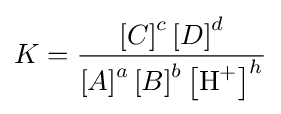
K={\frac {\left[C\right]^{c}\left[D\right]^{d}}{\left[A\right]^{a}\left[B\right]^{b}\left[{\mathrm {H} {\vphantom {A}}^{+}}\right]^{h}}}